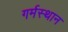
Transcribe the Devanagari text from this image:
गर्मस्थान